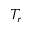
T _ { r }